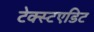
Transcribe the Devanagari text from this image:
टेक्स्टएडिट